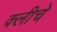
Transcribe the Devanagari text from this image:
क्लीचे